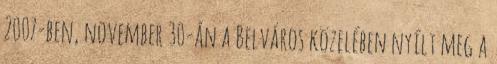
2007-ben, november 30-án a Belváros közelében nyílt meg a